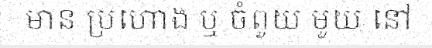
មាន ប្រហោង ឬ ចំពួយ មួយ នៅ